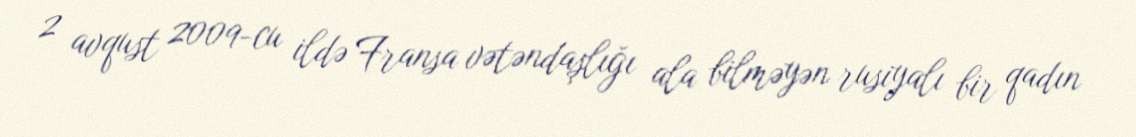
2 avqust 2009-cu ildə Fransa vətəndaşlığı ala bilməyən rusiyalı bir qadın